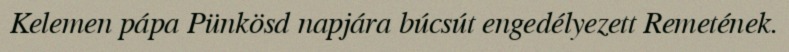
Kelemen pápa Pünkösd napjára búcsút engedélyezett Remetének.